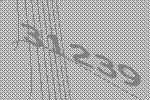
31239